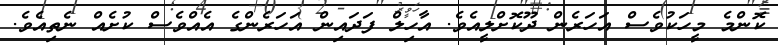
ކޮންމެ މީހަކުވެސް އަހަރެން ދޫކޮށްލީއެވެ. އާހިލް ފަދައިން އަހަރެންގެ އެއްވެސް ކުށެއް ނެތިއެވެ.